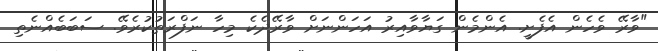
"ވާރޭ ވެހެން އެފެށީ. އެންމެން ގަޔާވާއިރު އަހަންނަށް ވާރޭދެކެ މިހާ ނަފްރަތުކުރެވޭ. ސަބަބެއްނެތި